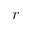
r